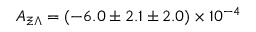
A _ { \Xi \Lambda } = ( - 6 . 0 \pm 2 . 1 \pm 2 . 0 ) \times 1 0 ^ { - 4 }